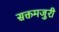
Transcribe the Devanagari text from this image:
सक्तमजुरी